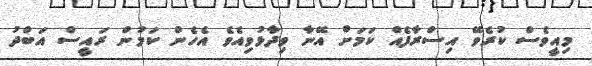
މިއީވެސް ކުރެވޭ އިސްރާފެއް ކަމަށް އޭނާ ވިދާޅުވިއެވެ އެހެން ކަމުން ރައީސް އަބްދު